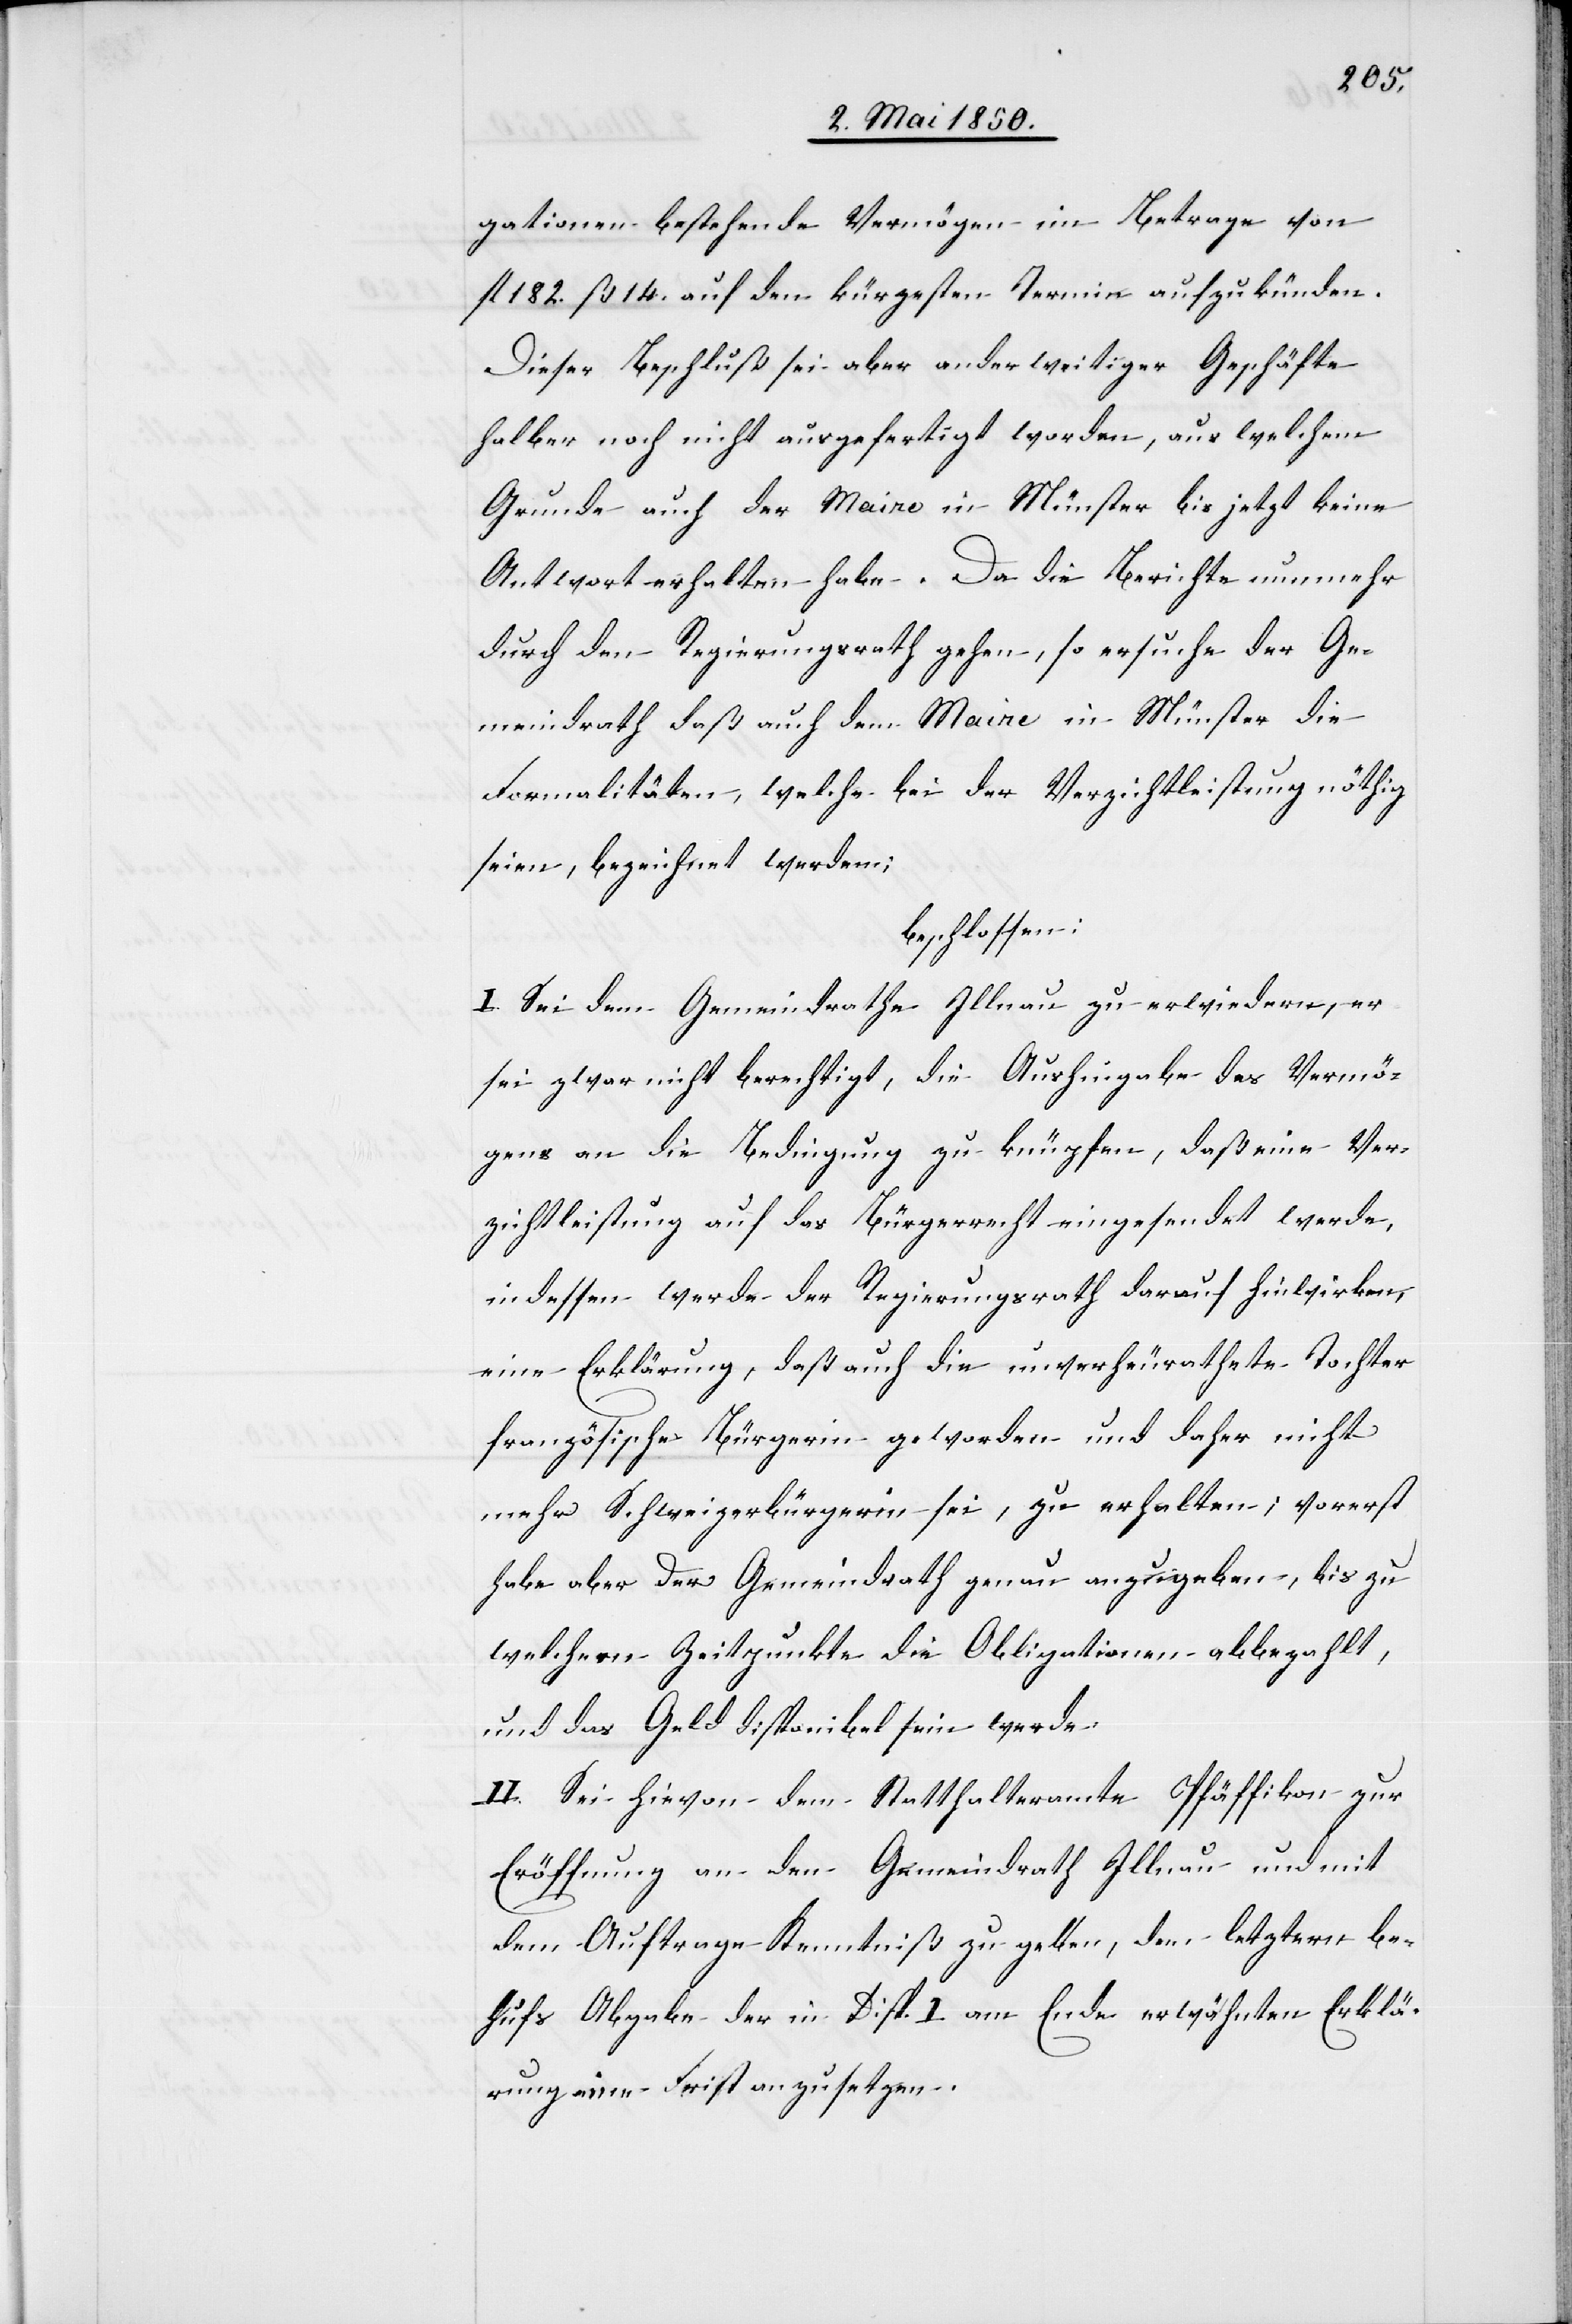
gationen bestehende Vermögen im Betrage von
fl 182. ß 14. auf den kürzesten Termin aufzukünden.
Dieser Beschluß sei aber anderweitiger Geschäfte
halber noch nicht ausgefertigt worden, aus welchem
Grunde auch der Maire in Münster bis jetzt keine
Antwort erhalten habe. Da die Berichte nunmehr
durch den Regierungsrath gehen, so ersuche der Ge¬
meindrath daß auch dem Maire in Münster die
Formalitäten, welche bei der Verzichtleistung nöthig
seien, bezeichnet werden;
beschlossen:
I. Sei dem Gemeindrathe Illnau zu erwiedern, er
sei zwar nicht berechtigt, die Aushingabe des Vermö¬
gens an die Bedingung zu knüpfen, daß eine Ver¬
zichtleistung auf das Bürgerrecht eingesendet werde,
indessen werde der Regierungsrath darauf hinwirken,
eine Erklärung, daß auch die unverheurathete Tochter
französische Bürgerin geworden und daher nicht
mehr Schweizerbürgerin sei, zu erhalten; vorerst
habe aber der Gemeindrath genau anzugeben, bis zu
welchem Zeitpunkte die Obligationen abbezahlt,
und das Geld disponibel sein werde.
II. Sei hievon dem Statthalteramte Pfäffikon zur
Eröffnung an den Gemeindrath Illnau und mit
dem Auftrage Kenntniß zu geben, dem letztern be¬
hufs Abgabe der in Disp. I am Ende erwähnten Erklä¬
rung eine Frist anzusetzen.